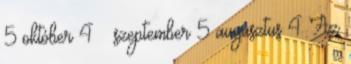
5 október 4 ▼ szeptember 5 augusztus 4 Az